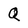
Character: Q